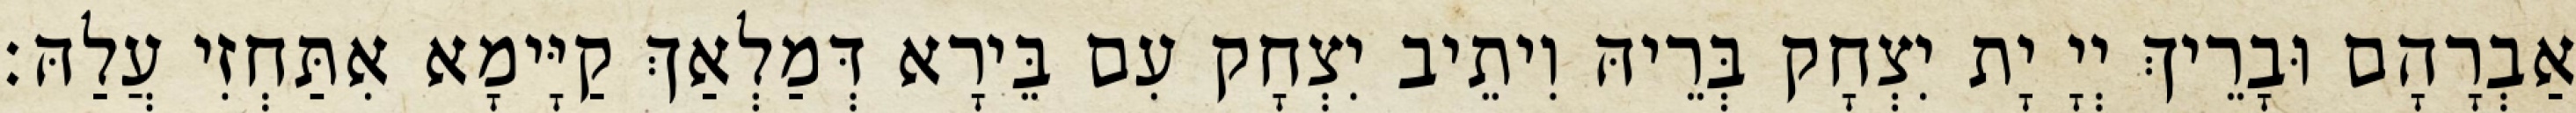
אַבְרָהָם וּבָרֵיךְ יְיָ יָת יִצְחָק בְּרֵיהּ וִיתֵיב יִצְחָק עִם בֵּירָא דְּמַלְאַךְ קַיָּימָא אִתַּחְזִי עֲלַהּ׃